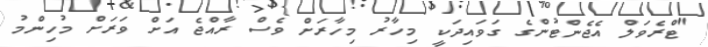
"ޓްރެވަލް އެޖެންޓުންގެ ގަވައިދަކީ މިހާރު މިހާރަށް ވެސް ރާއްޖެ އަށް ވަރަށް މުހިންމު